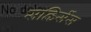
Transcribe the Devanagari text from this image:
सव्हिर्सेस